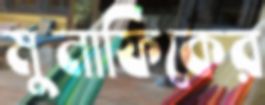
মুনাফিকের